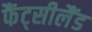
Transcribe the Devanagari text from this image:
फैंट्सीलैंड